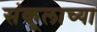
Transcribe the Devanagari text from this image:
संकूलाच्या